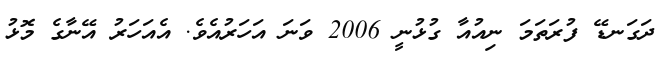
ދަގަނޑޭ ފުރަތަމަ ނިއުއާ ގުޅުނީ 2006 ވަނަ އަހަރުއެވެ. އެއަހަރު އޭނާގެ މޮޅު